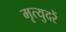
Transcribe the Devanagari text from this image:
मृत्युदरें